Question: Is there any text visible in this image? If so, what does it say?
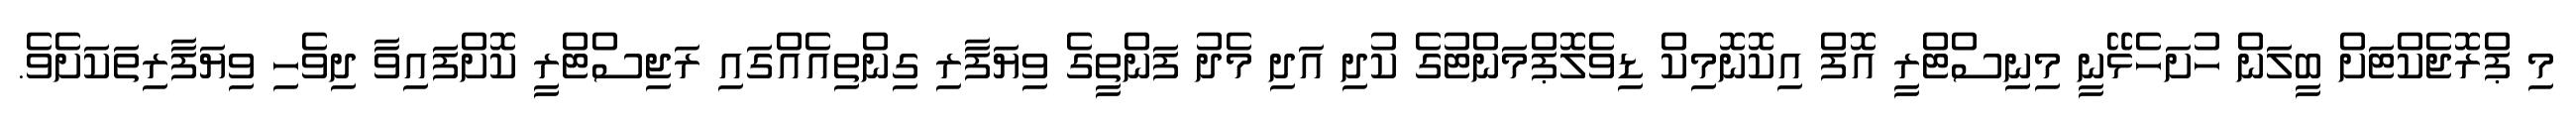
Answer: މި ޕްރޮޖެކްޓަށް ބީލަން ހުށަހެޅޭނީ މިނިސްޓްރީ އޮފް އިކޮނޮމިކް ޑިވެލޮޕްމަންޓުގެ ކުދި އަދި މެދު ފަންތީގެ ވިޔަފާރި ގިންތިއެއްގައި ރަޖިސްޓްރީ ކޮށްފައިވާ ދިވެހި ވިޔަފާރިތަކަށެވެ.